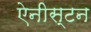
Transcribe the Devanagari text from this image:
ऐनीस्टन